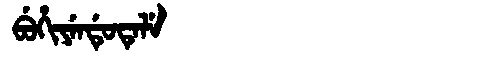
Manchu: ᠪᡠᡥᡳᠶᡝᠨᡩᡠᡨᡝᠯᡝ
Romanization: BUHIYENDUTELE